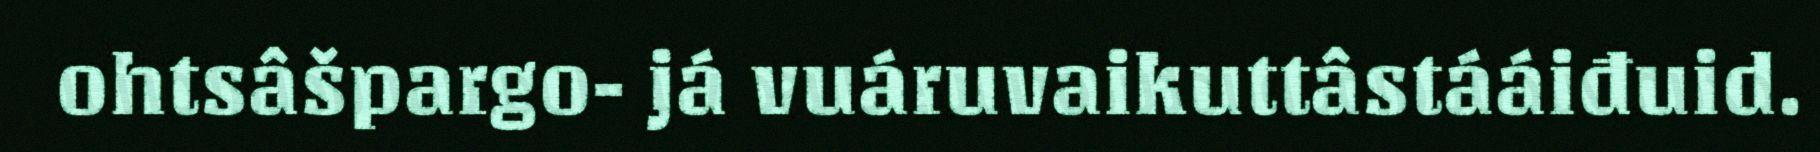
ohtsâšpargo- já vuáruvaikuttâstááiđuid.